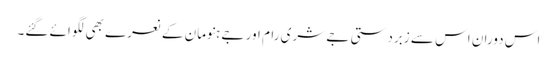
اس دوران اس سے زبردستی جے شری رام اور جے ہنومان کے نعرے بھی لگوائے گئے۔